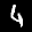
Label: 4